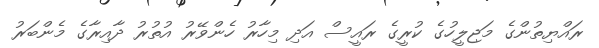
ރައްޔިތުންގެ މަޖިލީހުގެ ކުރީގެ ރައީސް އަދި މިހާރު ހެންވޭރު އުތުރު ދާއިރާގެ މެންބަރު